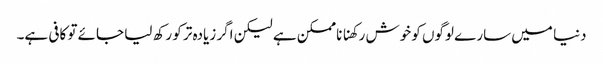
دنیا میں سارے لوگوں کو خوش رکھنا ناممکن ہے لیکن اگر زیادہ تر کو رکھ لیا جائے تو کافی ہے۔